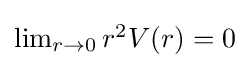
{\textstyle \lim _{r\to 0}r^{2}V(r)=0}